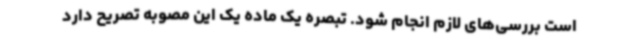
است بررسی‌های لازم انجام شود. تبصره یک ماده یک این مصوبه تصریح دارد